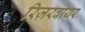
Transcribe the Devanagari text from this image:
रिज़रवायर